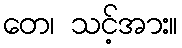
တေ၊ သင့်အား။